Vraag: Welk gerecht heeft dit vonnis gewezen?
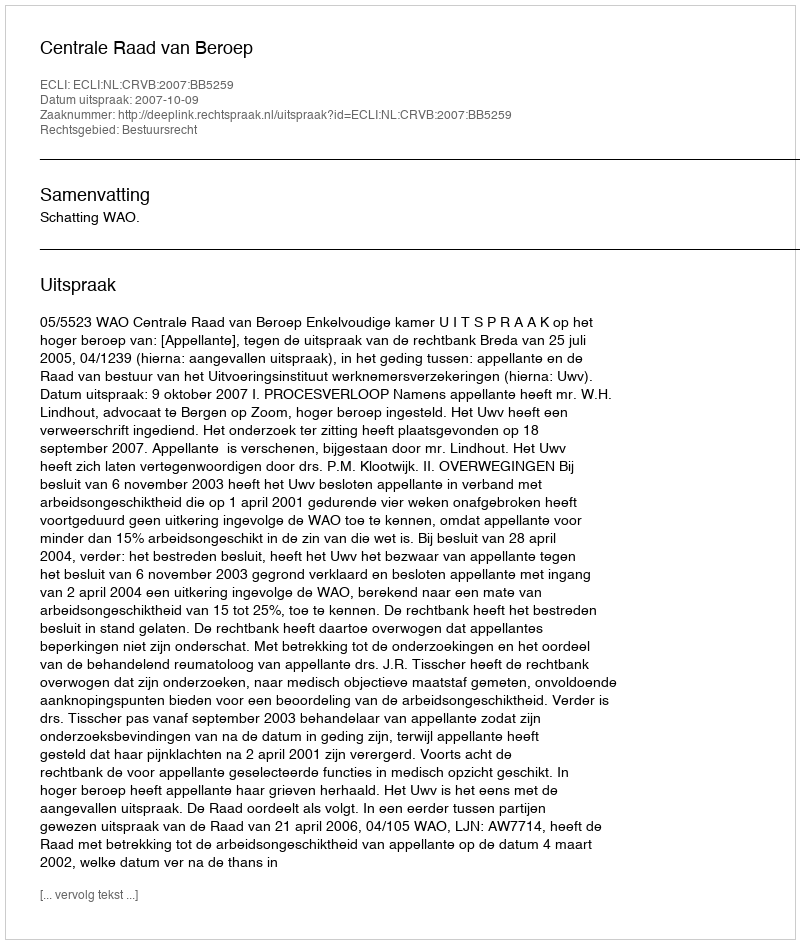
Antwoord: Centrale Raad van Beroep